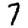
Digit: 7